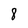
Character: 8